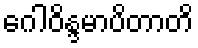
ဂေါဝိန္ဒမာပိတာတိ